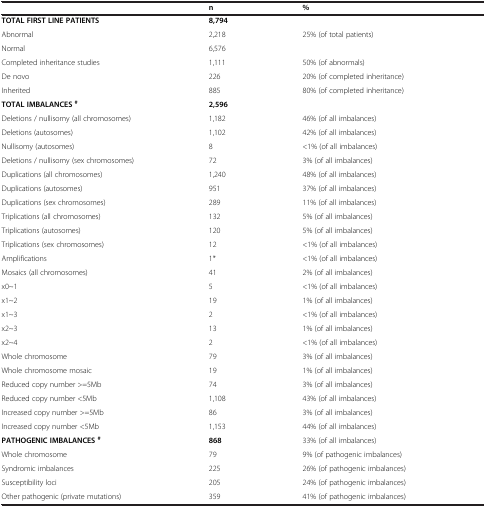
<table><thead><tr><td><b> </b></td><td><b>n</b></td><td><b>%</b></td></tr></thead><tbody><tr><td><b>TOTAL FIRST LINE PATIENTS</b></td><td><b>8,794</b></td><td> </td></tr><tr><td>Abnormal</td><td>2,218</td><td>25% (of total patients)</td></tr><tr><td>Normal</td><td>6,576</td><td> </td></tr><tr><td>Completed inheritance studies</td><td>1,111</td><td>50% (of abnormals)</td></tr><tr><td>De novo</td><td>226</td><td>20% (of completed inheritance)</td></tr><tr><td>Inherited</td><td>885</td><td>80% (of completed inheritance)</td></tr><tr><td><b>TOTAL IMBALANCES </b><sup><b>#</b></sup></td><td><b>2,596</b></td><td> </td></tr><tr><td>Deletions / nullisomy (all chromosomes)</td><td>1,182</td><td>46% (of all imbalances)</td></tr><tr><td>Deletions (autosomes)</td><td>1,102</td><td>42% (of all imbalances)</td></tr><tr><td>Nullisomy (autosomes)</td><td>8</td><td>&lt;1% (of all imbalances)</td></tr><tr><td>Deletions / nullisomy (sex chromosomes)</td><td>72</td><td>3% (of all imbalances)</td></tr><tr><td>Duplications (all chromosomes)</td><td>1,240</td><td>48% (of all imbalances)</td></tr><tr><td>Duplications (autosomes)</td><td>951</td><td>37% (of all imbalances)</td></tr><tr><td>Duplications (sex chromosomes)</td><td>289</td><td>11% (of all imbalances)</td></tr><tr><td>Triplications (all chromosomes)</td><td>132</td><td>5% (of all imbalances)</td></tr><tr><td>Triplications (autosomes)</td><td>120</td><td>5% (of all imbalances)</td></tr><tr><td>Triplications (sex chromosomes)</td><td>12</td><td>&lt;1% (of all imbalances)</td></tr><tr><td>Amplifications</td><td>1*</td><td>&lt;1% (of all imbalances)</td></tr><tr><td>Mosaics (all chromosomes)</td><td>41</td><td>2% (of all imbalances)</td></tr><tr><td>x0~1</td><td>5</td><td>&lt;1% (of all imbalances)</td></tr><tr><td>x1~2</td><td>19</td><td>1% (of all imbalances)</td></tr><tr><td>x1~3</td><td>2</td><td>&lt;1% (of all imbalances)</td></tr><tr><td>x2~3</td><td>13</td><td>1% (of all imbalances)</td></tr><tr><td>x2~4</td><td>2</td><td>&lt;1% (of all imbalances)</td></tr><tr><td>Whole chromosome</td><td>79</td><td>3% (of all imbalances)</td></tr><tr><td>Whole chromosome mosaic</td><td>19</td><td>1% (of all imbalances)</td></tr><tr><td>Reduced copy number &gt;=5Mb</td><td>74</td><td>3% (of all imbalances)</td></tr><tr><td>Reduced copy number &lt;5Mb</td><td>1,108</td><td>43% (of all imbalances)</td></tr><tr><td>Increased copy number &gt;=5Mb</td><td>86</td><td>3% (of all imbalances)</td></tr><tr><td>Increased copy number &lt;5Mb</td><td>1,153</td><td>44% (of all imbalances)</td></tr><tr><td><b>PATHOGENIC IMBALANCES </b><sup><b>#</b></sup></td><td><b>868</b></td><td>33% (of all imbalances)</td></tr><tr><td>Whole chromosome</td><td>79</td><td>9% (of pathogenic imbalances)</td></tr><tr><td>Syndromic imbalances</td><td>225</td><td>26% (of pathogenic imbalances)</td></tr><tr><td>Susceptibility loci</td><td>205</td><td>24% (of pathogenic imbalances)</td></tr><tr><td>Other pathogenic (private mutations)</td><td>359</td><td>41% (of pathogenic imbalances)</td></tr></tbody></table>